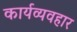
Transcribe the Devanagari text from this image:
कार्यव्यवहार